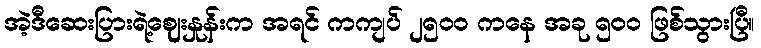
အဲ့ဒီဆေးပြားရဲ့ဈေးနှုန်းက အရင် ကကျပ် ၂၅ဝဝ ကနေ အခု ၅ဝဝ ဖြစ်သွားပြီ။